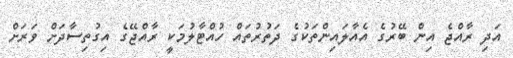
އަދި ރާއްޖެ އިން ބޭރުގެ އެއާލައިންތަކުގެ ދަތުރުތައް ހުއްޓާލުމަކީ ރާއްޖޭގެ އިގުތިސާދަށް ވަރަށް